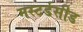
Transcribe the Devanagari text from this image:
मस्टर्डसीड